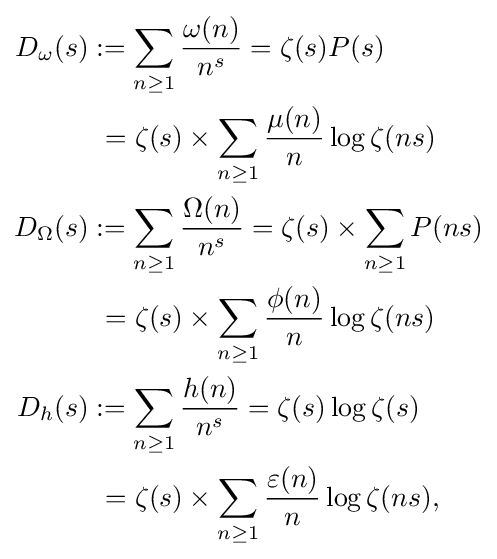
{\begin{aligned}D_{\omega }(s)&:=\sum _{n\geq 1}{\frac {\omega (n)}{n^{s}}}=\zeta (s)P(s)\\&\ =\zeta (s)\times \sum _{n\geq 1}{\frac {\mu (n)}{n}}\log \zeta (ns)\\D_{\Omega }(s)&:=\sum _{n\geq 1}{\frac {\Omega (n)}{n^{s}}}=\zeta (s)\times \sum _{n\geq 1}P(ns)\\&\ =\zeta (s)\times \sum _{n\geq 1}{\frac {\phi (n)}{n}}\log \zeta (ns)\\D_{h}(s)&:=\sum _{n\geq 1}{\frac {h(n)}{n^{s}}}=\zeta (s)\log \zeta (s)\\&\ =\zeta (s)\times \sum _{n\geq 1}{\frac {\varepsilon (n)}{n}}\log \zeta (ns),\end{aligned}}